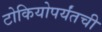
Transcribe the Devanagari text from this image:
टोकियोपर्यंतची